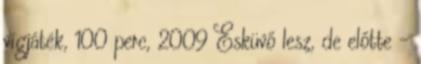
vígjáték, 100 perc, 2009 Esküvő lesz, de előtte –